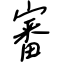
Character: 審